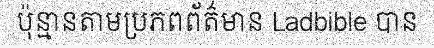
ប៉ុន្មានតាមប្រភពព័ត៌មាន Ladbible បាន